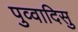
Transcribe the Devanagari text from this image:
पुव्वादिसु